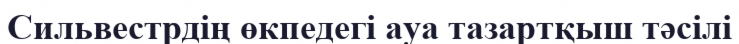
Сильвестрдің өкпедегі ауа тазартқыш тәсілі